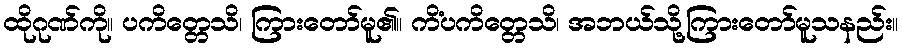
ထိုဂုဏ်ကို။ ပကိတ္တေသိ၊ ကြားတော်မူ၏။ ကိံပကိတ္တေသိ၊ အဘယ်သို့ကြားတော်မူသနည်း။